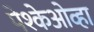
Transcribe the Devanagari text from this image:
पेश्केओव्हा